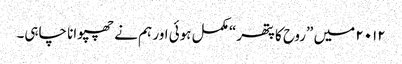
۲۰۱۲ میں ”روح کا پتھر“ مکمل ہوئی اور ہم نے چھپوانا چاہی۔